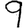
Digit: 9